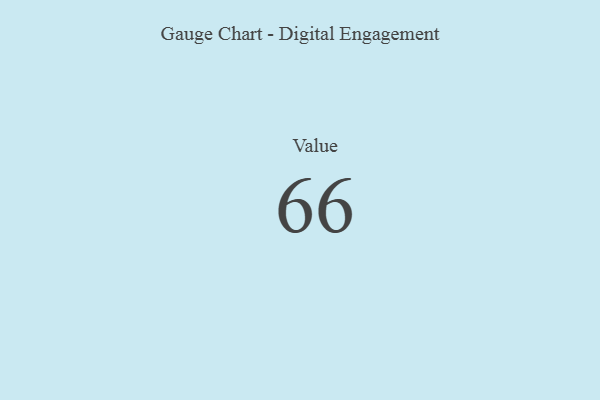
{"axis": {"x": "Metric", "y": "Value"}, "legend": [""], "data": [{"x": "Value", "y": 66, "type": ""}]}